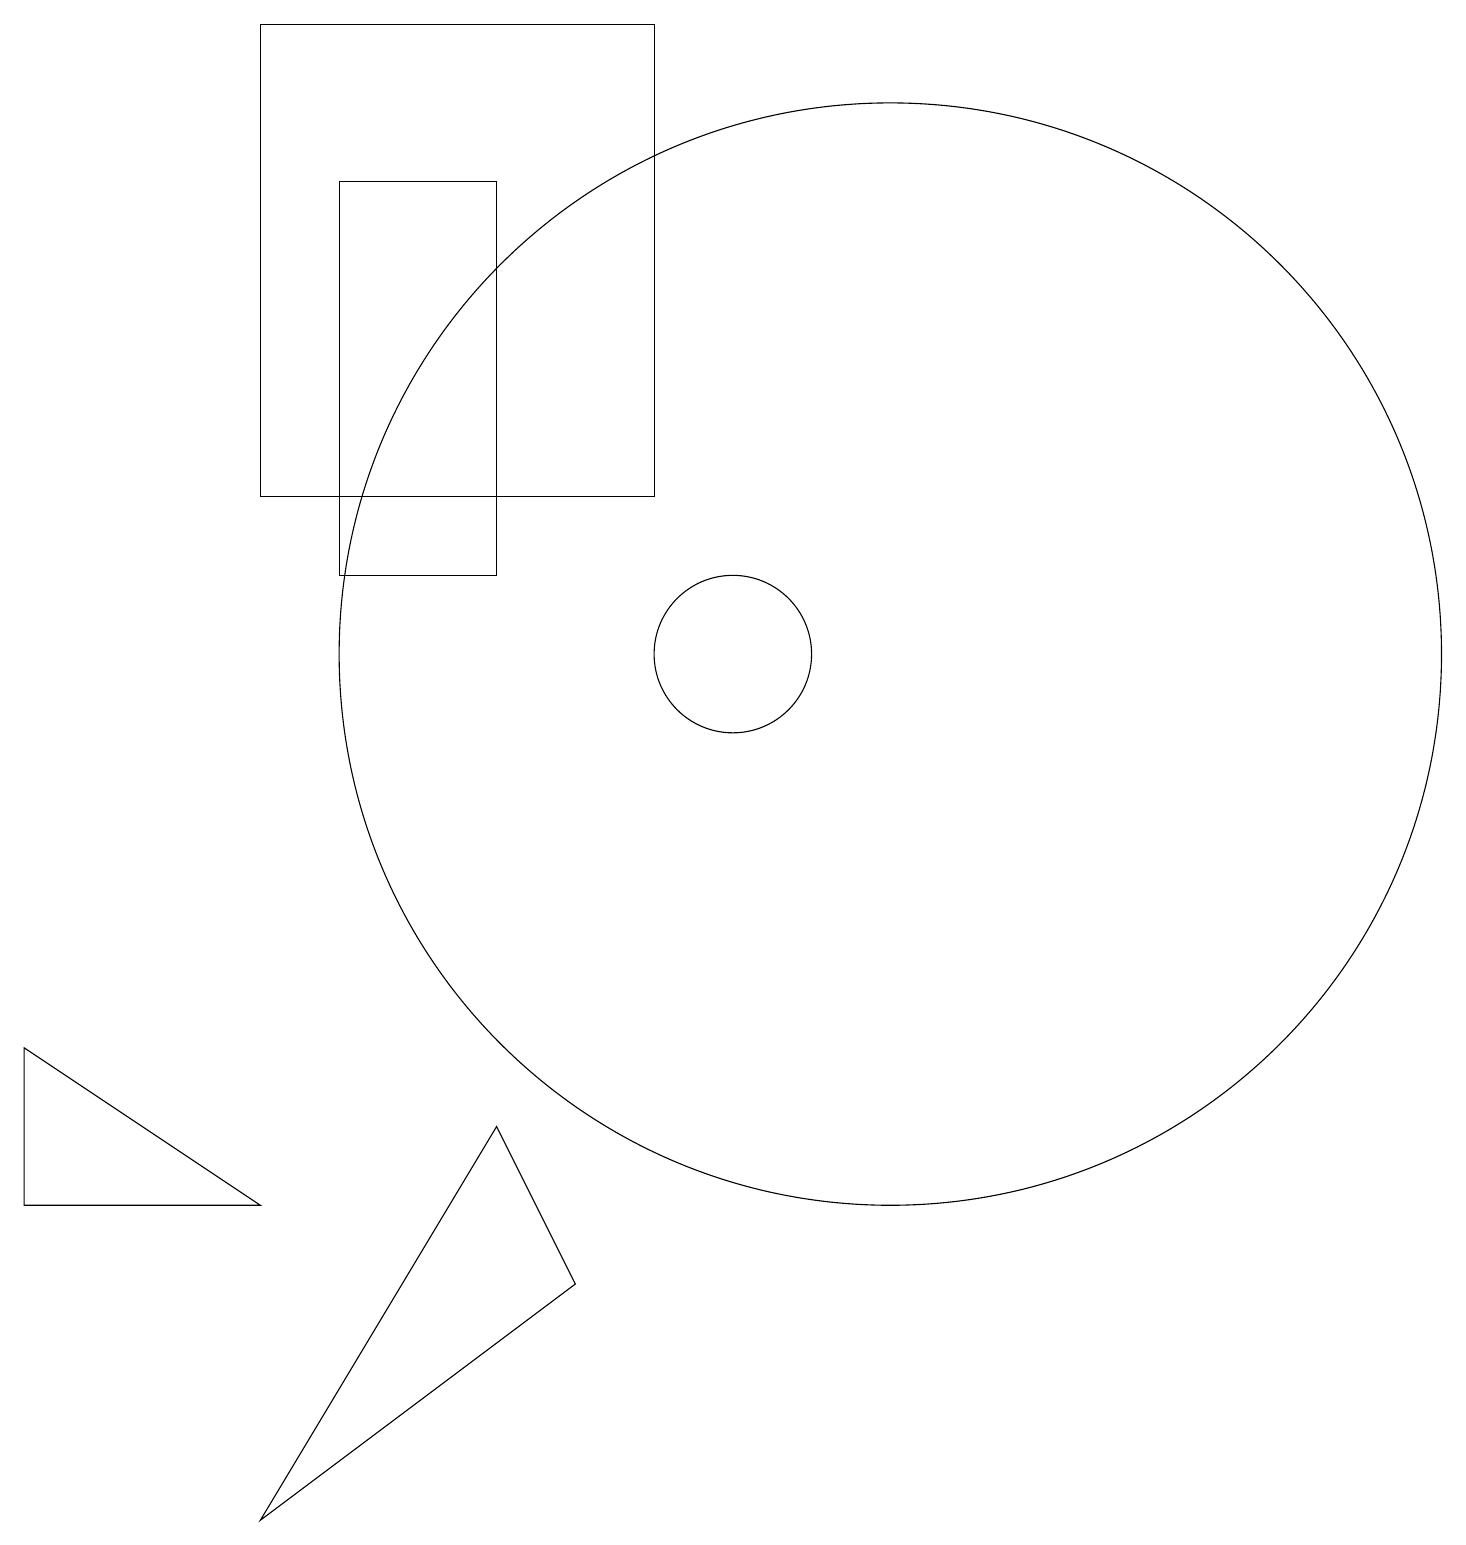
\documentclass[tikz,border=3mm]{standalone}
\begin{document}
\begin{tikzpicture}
\draw (12,11) circle (7);
\draw (7,12) rectangle (5,17);
\draw (10,11) circle (1);
\draw (12,11) circle (0);
\draw (4,19) rectangle (9,13);
\draw (1,6) -- (1,4) -- (4,4) -- cycle;
\draw (8,3) -- (7,5) -- (4,0) -- cycle;
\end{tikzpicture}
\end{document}